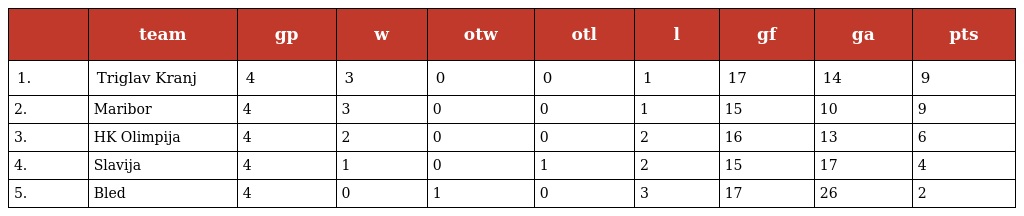
|  | team | gp | w | otw | otl | l | gf | ga | pts |
 | --- | --- | --- | --- | --- | --- | --- | --- | --- | --- |
 | 1. | Triglav Kranj | 4 | 3 | 0 | 0 | 1 | 17 | 14 | 9 |
 | 2. | Maribor | 4 | 3 | 0 | 0 | 1 | 15 | 10 | 9 |
 | 3. | HK Olimpija | 4 | 2 | 0 | 0 | 2 | 16 | 13 | 6 |
 | 4. | Slavija | 4 | 1 | 0 | 1 | 2 | 15 | 17 | 4 |
 | 5. | Bled | 4 | 0 | 1 | 0 | 3 | 17 | 26 | 2 |